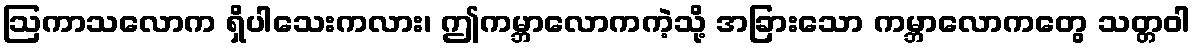
ဩကာသလောက ရှိပါသေးကလား၊ ဤကမ္ဘာလောကကဲ့သို့ အခြားသော ကမ္ဘာလောကတွေ သတ္တဝါ